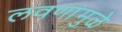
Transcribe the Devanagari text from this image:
लवणांमुळे